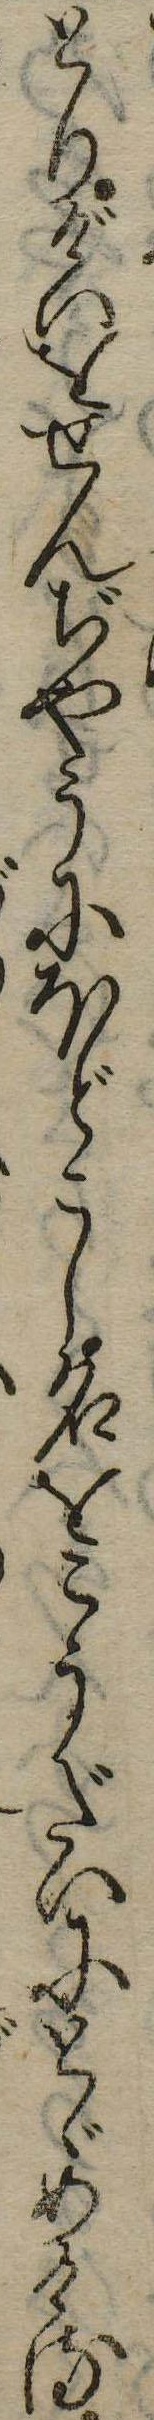
とりげいをせんぢやうにほどこし名をこうだいにとゞめける